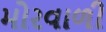
મોરવાળી